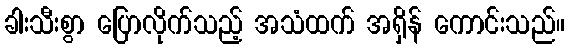
ခါးသီးစွာ ပြောလိုက်သည့် အသံထက် အရှိန် ကောင်းသည်။